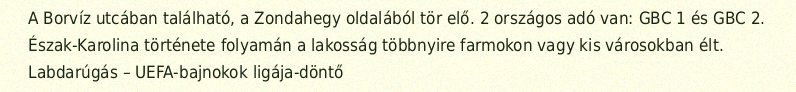
A Borvíz utcában található, a Zondahegy oldalából tör elő. 2 országos adó van: GBC 1 és GBC 2. Észak-Karolina története folyamán a lakosság többnyire farmokon vagy kis városokban élt. Labdarúgás – UEFA-bajnokok ligája-döntő